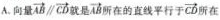
A.向量 $$\overrightarrow{AB} // \overrightarrow{CD}$$ 就是 $$\overrightarrow{AB}$$ 所在的直线平行于 $$\overrightarrow{CD}$$ 所在